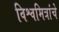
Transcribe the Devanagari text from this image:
विश्वमित्रांचे